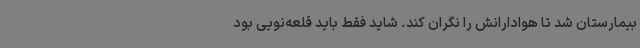
بیمارستان شد تا هوادارانش را نگران کند. شاید فقط باید قلعه‌نویی بود